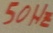
Text: 50HZ